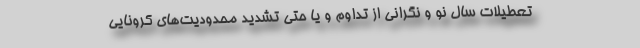
تعطیلات سال نو و نگرانی از تداوم و یا حتی تشدید محدودیت‌های کرونایی